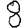
Digit: 8